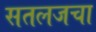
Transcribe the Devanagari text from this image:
सतलजचा